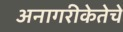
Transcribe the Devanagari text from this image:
अनागरीकेतेचे